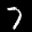
Label: 7